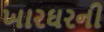
ખારઘરની